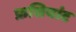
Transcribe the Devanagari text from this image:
फ्रसियांट